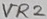
Text: VR2